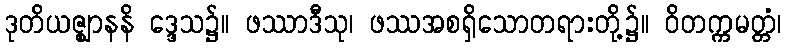
ဒုတိယဇ္ဈာနနိ ဒ္ဒေသ၌။ ဖဿာဒီသု၊ ဖဿအစရှိသောတရားတို့၌။ ဝိတက္ကမတ္တံ၊